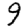
Digit: 9